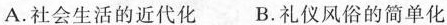
A.社会生活的近代化 B.礼仪风俗的简单化